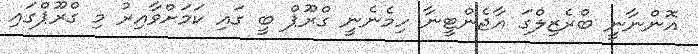
އޮންނާނީ ބްރެޒިލްގަ އާޖެންޓީނާ ހިމެނެނީ ގްރޫޕް ބީ ގައި ކަމަށްވާއިރު މި ގްރޫޕްގައި